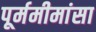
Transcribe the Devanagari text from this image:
पूर्ममीमांसा